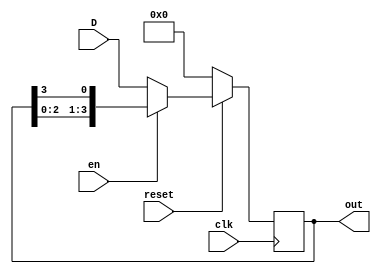
//building a cyclic shift register with parallel input
module cyclic_sr_pi(
    input [3:0]D,
    input reset,
    input clk,
    input en,
    output reg [3:0]out = 4'b0000
);

always @(posedge clk) begin
    if(~reset)//reset - active low
        out <= 0;
    else if(~en)//enable - (0 - load) and (1 - shift) so load
        out <= D;//at posedge clk , the input will be processed to output and will
        //also be stored in the FFs
    else//shift
        out <= {out[2:0],out[3]};//rearranging the bits
end


endmodule